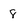
Character: 8